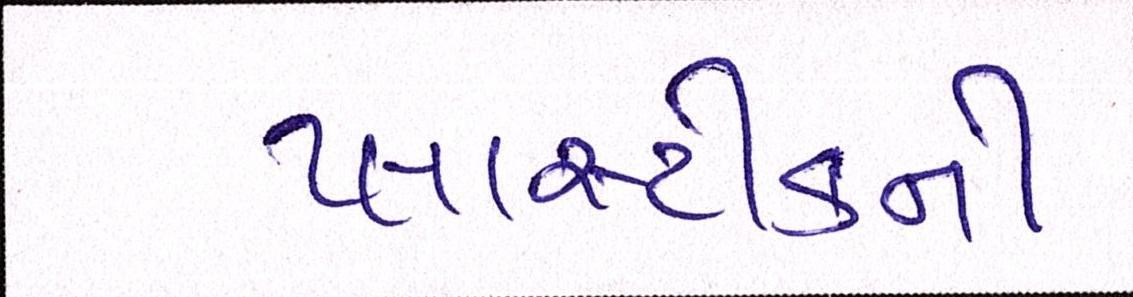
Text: પ્લાસ્ટીકની